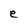
Character: e